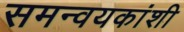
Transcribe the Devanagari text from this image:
समन्वयकांशी